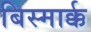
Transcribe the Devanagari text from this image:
बिस्मार्क्क